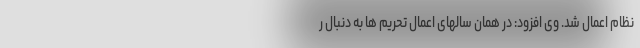
نظام اعمال شد. وی افزود: در همان سالهای اعمال تحریم ها به دنبال ر